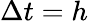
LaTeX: \Delta t=h